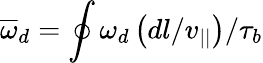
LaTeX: \overline{{\omega}}_{d}=\oint\omega_{d}\left(dl/v_{||}\right)/\tau_{b}